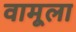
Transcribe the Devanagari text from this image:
वामूला